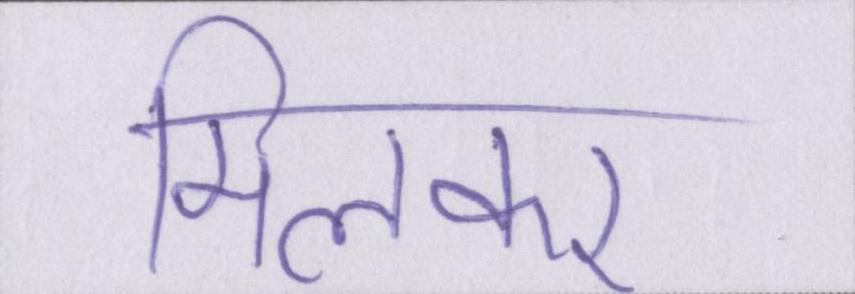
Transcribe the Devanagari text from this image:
मिलकर